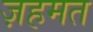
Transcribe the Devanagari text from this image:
ज़हमत